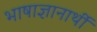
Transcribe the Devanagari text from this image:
भाषाज्ञानार्थी